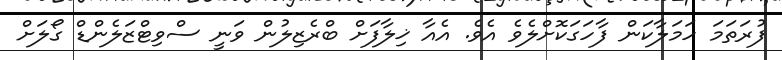
ފުރަތަމަ ހަމަލާކަން ފާހަގަކޮށްލެވެ އެވެ. އެއާ ޚިލާފަށް ބްރެޒިލުން ވަނީ ސްވިޓްޒަލެންޑް ގޯލަށް